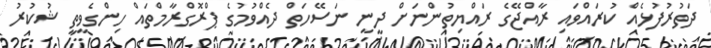
ދަތުރުފުޅެއް ކުރައްވައި ރާއްޖޭގެ ރައްޔިތުންނަށް ދީނީ ނަސޭހަތް ދެއްވުމުގެ ޕްރޮގްރާމްތައް ހިންގެވީތީ ޝުކުރު